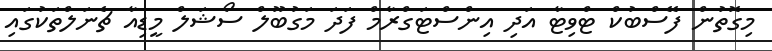
މިގޮތުން ފޭސްބުކް ޓްވިޓާ އަދި އިންސްޓަގްރާމް ފަދަ މަގުބޫލް ސޯޝަލް މީޑިއާ ޗެނަލްތަކުގައި